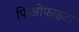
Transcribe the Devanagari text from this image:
फिओफाइटा